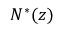
N ^ { * } ( z )